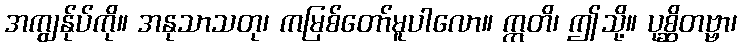
အကျွန်ုပ်ကို။ အနုသာသတု၊ ကမြစ်တော်မူပါလော။ ဣတိ၊ ဤသို့။ ပုစ္ဆိတဗ္ဗာ၊